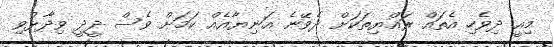
މިއީ ދިވެހި އެތައް ރައްޔިތަކަށް ދެވޭނެ އަނިޔާއެއް ކަމަށް ވެސް ދީދީ ވިދާޅުވި